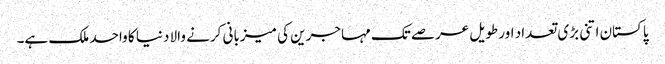
پاکستان اتنی بڑی تعداد اور طویل عرصے تک مہاجرین کی میزبانی کرنے والا دنیا کا واحد ملک ہے۔